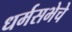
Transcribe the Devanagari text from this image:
धर्मसभेचे